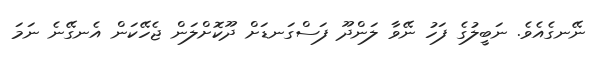
ނޭނގެއެވެ. ނަބީލުގެ ފަހު ނޭވާ ލަންދޫ ފަސްގަނޑަށް ދޫކޮށްލަން ޖެހޭކަން އެނގޭނެ ނަމަ